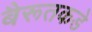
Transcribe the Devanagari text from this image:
बैरूतकडे